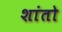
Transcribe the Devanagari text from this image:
शांतो